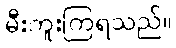
မီးကူးကြရသည်။